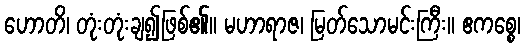
ဟောတိ၊ တုံးတုံးချ၍ဖြစ်၏။ မဟာရာဇ၊ မြတ်သောမင်းကြီး။ ဧကစ္စေ၊